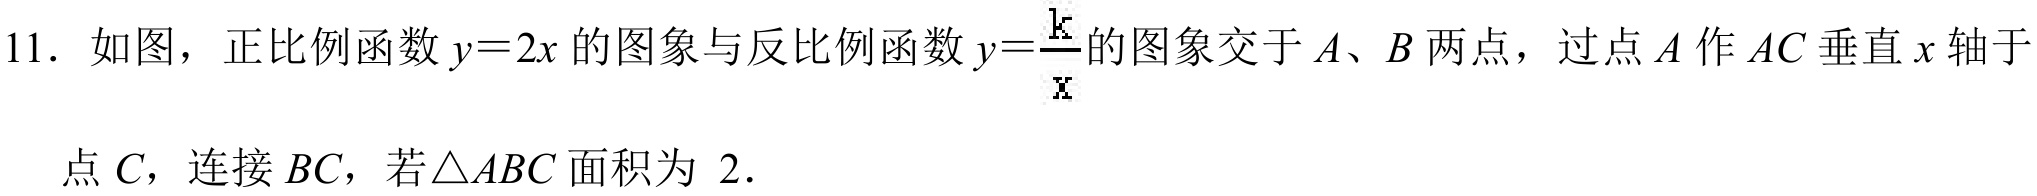
11. 如图，正比例函数\(y = 2x\)的图象与反比例函数\(y=\frac{k}{x}\)的图象交于\(A\)、\(B\)两点，过点\(A\)作\(AC\)垂直\(x\)轴于点\(C\)，连接\(BC\)，若\(\triangle ABC\)面积为 \(2\).